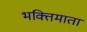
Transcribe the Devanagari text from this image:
भक्तिमाता